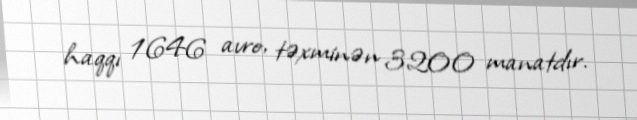
haqqı 1646 avro, təxminən 3200 manatdır.